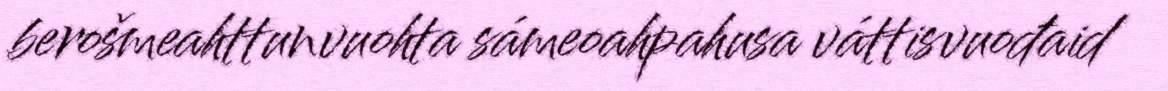
berošmeahttunvuohta sámeoahpahusa váttisvuođaid